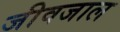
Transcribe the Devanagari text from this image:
जीवजाल